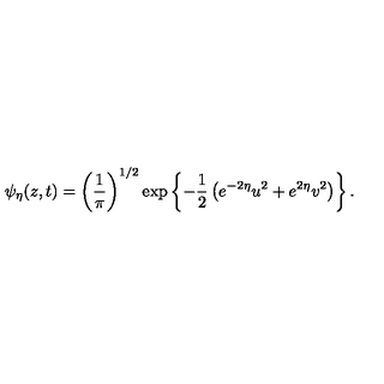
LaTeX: \psi _ { \eta } ( z , t ) = \left( { \frac { 1 } { \pi } } \right) ^ { 1 / 2 } \exp \left\{ - { \frac { 1 } { 2 } } \left( e ^ { - 2 \eta } u ^ { 2 } + e ^ { 2 \eta } v ^ { 2 } \right) \right\} .